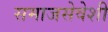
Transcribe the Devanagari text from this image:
समाजसेवेशी